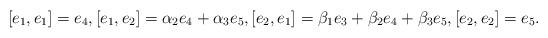
LaTeX: \begin{align*} [e_1, e_1]=e_4, [e_1, e_2]= \alpha_2e_4+ \alpha_3e_5, [e_2, e_1]=\beta_1e_3+ \beta_2e_4+ \beta_3 e_5, [e_2, e_2]=e_5.\end{align*}